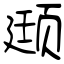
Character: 颋